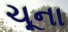
ચૂના